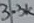
Text: 3.3K